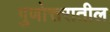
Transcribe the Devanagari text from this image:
गुणोत्तरातील